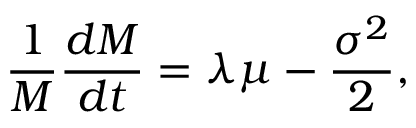
\frac { 1 } { M } \frac { d M } { d t } = \lambda \mu - \frac { \sigma ^ { 2 } } { 2 } ,